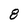
Character: 8